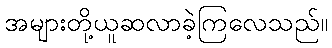
အများတို့ယူဆလာခဲ့ကြလေသည်။